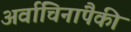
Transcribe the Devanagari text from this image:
अर्वाचिनांपैकी